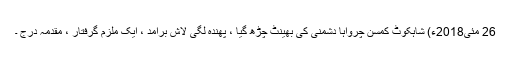
26 مئی2018ء) شاہکوٹ کمسن چرواہا دشمنی کی بھینٹ چڑھ گیا ، پھندہ لگی لاش برآمد ، ایک ملزم گرفتار ، مقدمہ درج ۔